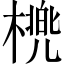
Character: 橷